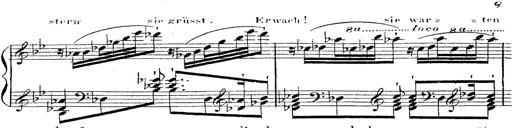
Title: 12 Lieder von Franz Schubert
Composer: Franz Liszt